Lunatic asylums Punjab 1868-1880 - 1868-1880
Year: 1868
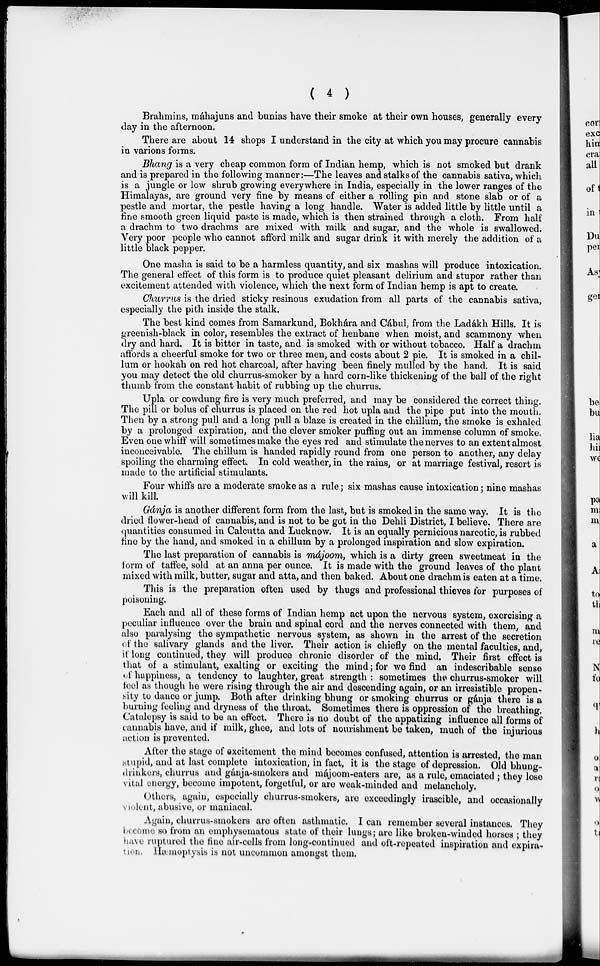
(
4
)
Brahmins, máhajuns and bunias have their smoke at their own houses, generally every
day in the afternoon.
There are about 14 shops I understand in the city at which you may procure cannabis
in varions forms.
Bhang is a very cheap common form of Indian hemp, which is not smoked but drank
and is prepared in the following manner:—The leaves and stalks of the cannabis sativa, which
is a jungle or low shrub growing everywhere in India, especially in the lower ranges of the
Himalayas, are ground very fine by means of either a rolling pin and stone slab or of a
pestle and mortar, the pestle having a long handle. Water is added little by little until a
fine smooth green liquid paste is made, which is then strained through a cloth. From half
a drachm to two drachms are mixed with milk and sugar, and the whole is swallowed.
Very poor people who cannot afford milk and sugar drink it with merely the addition of a
little black pepper.
One masha is said to be a harmless quantity, and six mashas will produce intoxication.
The general effect of this form is to produce quiet pleasant delirium and stupor rather than
excitement attended with violence, which the next form of Indian hemp is apt to create.
Churrus is the dried sticky resinous exudation from all parts of the cannabis sativa,
especially the pith inside the stalk.
The best kind comes from Samarkund, Bokhára and Cábul, from the Ladákh Hills. It is
greenish-black in color, resembles the extract of henbane when moist, and scammony when
dry and hard. It is bitter in taste, and is smoked with or without tobacco. Half a drachm
affords a cheerful smoke for two or three men, and costs about 2 pie. It is smoked in a chil-
lum or hookah on red hot charcoal, after having been finely mulled by the hand. It is said
you may detect the old churrus-smoker by a hard corn-like thickening of the ball of the right
thumb from the constant habit of rubbing up the churrus.
Upla or cowdung fire is very much preferred, and may be considered the correct thing.
The pill or bolus of churrus is placed on the red hot upla and the pipe put into the mouth.
Then by a strong pull and a long pull a blaze is created in the chillum, the smoke is exhaled
by a prolonged expiration, and the clever smoker puffing out an immense column of smoke.
Even one whiff will sometimes make the eyes red and stimulate the nerves to an extent almost
inconceivable. The chillum is handed rapidly round from one person to another, any delay
spoiling the charming effect. In cold weather, in the rains, or at marriage festival, resort is
made to the artificial stimulants.
Four whiffs are a moderate smoke as a rule; six mashas cause intoxication; nine mashas
will kill.
Gánja is another different form from the last, but is smoked in the same way. It is the
dried flower-head of cannabis, and is not to be got in the Dehli District, I believe. There are
quantities consumed in Calcutta and Lucknow. It is an equally pernicious narcotic, is rubbed
fine by the hand, and smoked in a chillum by a prolonged inspiration and slow expiration.
The last preparation of cannabis is májoom, which is a dirty green sweetmeat in the
form of taffee, sold at an anna per ounce. It is made with the ground leaves of the plant
mixed with milk, butter, sugar and atta, and then baked. About one drachm is eaten at a time.
This is the preparation often used by thugs and professional thieves for purposes of
poisoning.
Each and all of these forms of Indian hemp act upon the nervous system, exercising a
peculiar influence over the brain and spinal cord and the nerves connected with them, and
also paralysing the sympathetic nervous system, as shown in the arrest of the secretion
of the salivary glands and the liver. Their action is chiefly on the mental faculties, and,
if long continued, they will produce chronic disorder of the mind. Their first effect is
that of a stimulant, exalting or exciting the mind; for we find an indescribable sense
of happiness, a tendency to laughter, great strength : sometimes the churrus-smoker will
feel as though he were rising through the air and descending again, or an irresistible propen-
sity to dance or jump. Both after drinking bhung or smoking churrus or gánja there is a
burning feeling and dryness of the throat. Sometimes there is oppression of the breathing.
Catalepsy is said to be an effect. There is no doubt of the appatizing influence all forms of
cannabis have, and if milk, ghee, and lots of nourishment be taken, much of the injurious
action is prevented.
After the stage of excitement the mind becomes confused, attention is arrested, the man
stupid, and at last complete intoxication, in fact, it is the stage of depression. Old bhung-
drinkers, churrus and gánja-smokers and májoom-eaters are, as a rule, emaciated ; they lose
vital energy, become impotent, forgetful, or are weak-minded and melancholy.
Others, again, especially churrus-smokers, are exceedingly irascible, and occasionally
violent, abusive, or maniacal.
Again, churrus-smokers are often asthmatic. I can remember several instances. They
become so from an emphysematous state of their lungs; are like broken-winded horses ; they
have ruptured the fine air-cells from long-continued and oft-repeated inspiration and expira-
tion. Hæmoptysis is not uncommon amongst them.